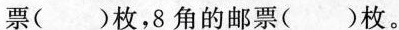
票( )枚，8角的邮票( )枚。